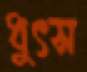
ধুৎস